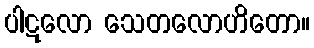
ပါဋလော သေတလောဟိတော။